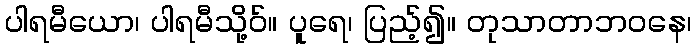
ပါရမီယော၊ ပါရမီသို့ဝ်။ ပူရေ၊ ပြည့်၍။ တုသာတာဘဝနေ၊